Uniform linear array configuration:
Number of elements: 24
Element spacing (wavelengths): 0.25
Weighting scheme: cosine
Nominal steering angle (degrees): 30
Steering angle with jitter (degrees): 30.363
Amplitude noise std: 0.05
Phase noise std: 0.05

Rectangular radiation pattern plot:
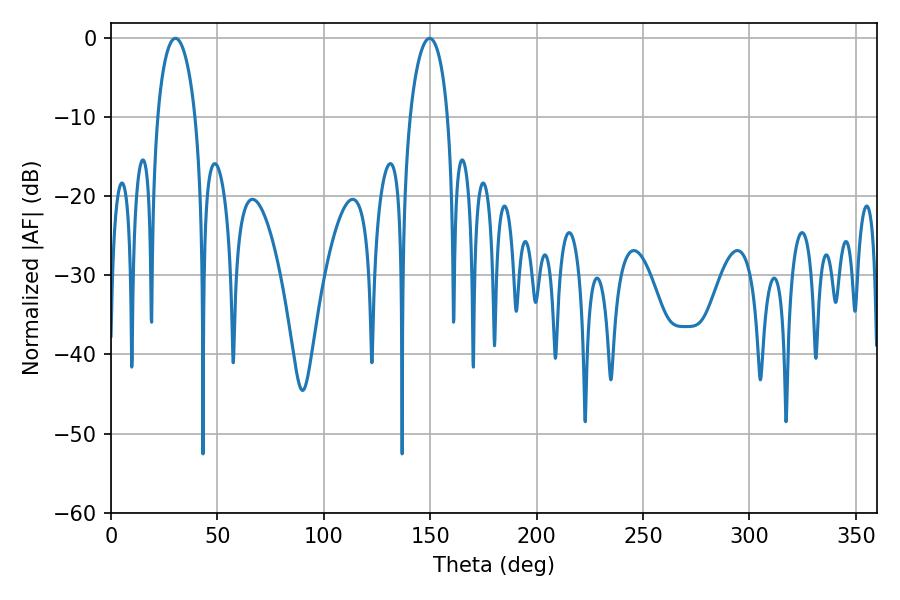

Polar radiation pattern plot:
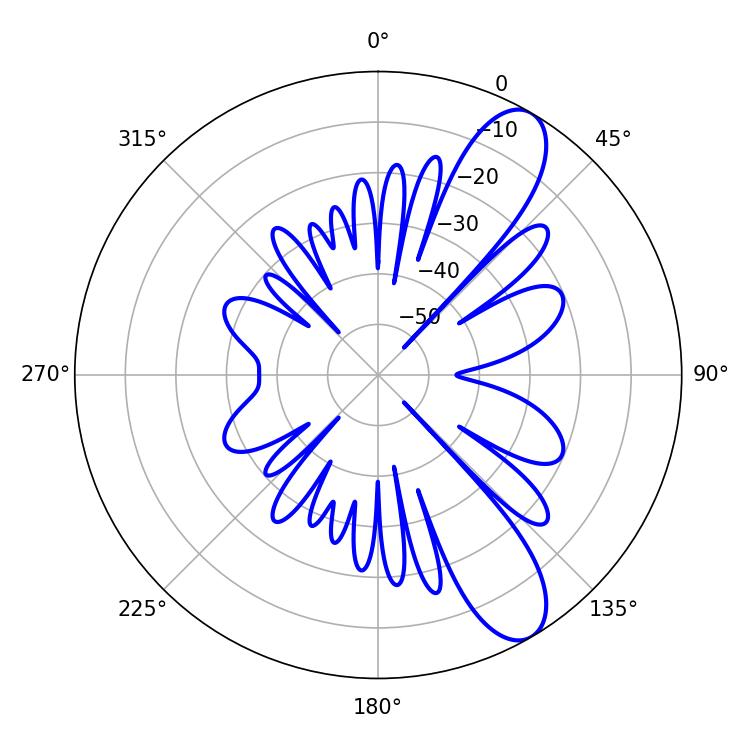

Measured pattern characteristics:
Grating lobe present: FALSE
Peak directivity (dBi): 10.102
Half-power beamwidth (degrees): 10.08
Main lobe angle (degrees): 30.24